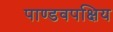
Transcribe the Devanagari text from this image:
पाण्डवपक्षिय